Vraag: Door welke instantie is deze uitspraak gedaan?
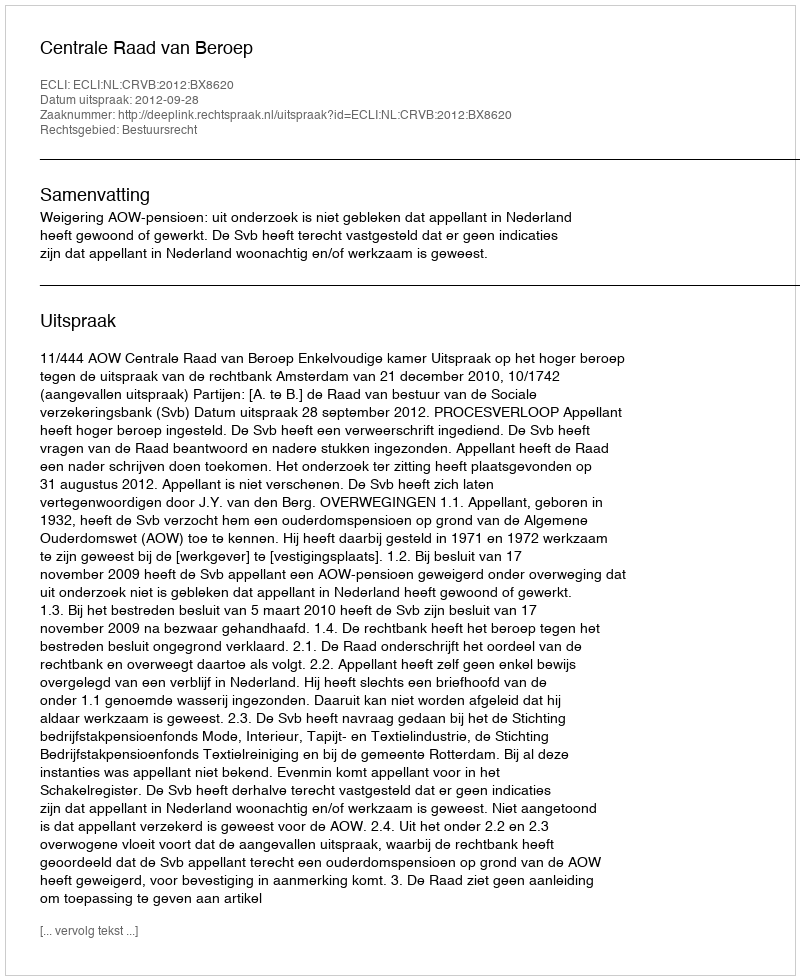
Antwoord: Centrale Raad van Beroep